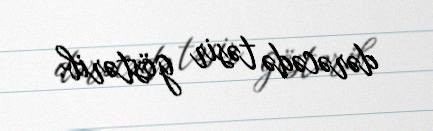
dərəcədə təsir göstərib.